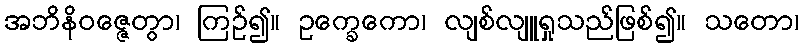
အဘိနိဝဇ္ဇေတွာ၊ ကြဉ်၍။ ဥက္ခေကော၊ လျစ်လျူရှုသည်ဖြစ်၍။ သတော၊